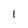
Character: I